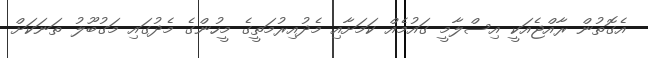
އެގޮތުން ރާއްޖެއަކީ އިސްލާމީ ގައުމެއް ކަމަށާއިި މެދުއިރުމަތީގެ މީހުންގެ މެދުގައި މަގުބޫލު ތަނަކަށް